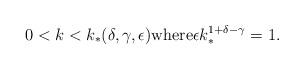
LaTeX: \begin{align*}0<k<k_*(\delta,\gamma,\epsilon)\mbox{where}\epsilon k_*^{1+\delta-\gamma} = 1.\end{align*}